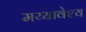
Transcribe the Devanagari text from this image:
मय्यावेश्य